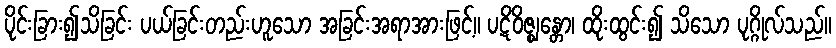
ပိုင်းခြား၍သိခြင်း ပယ်ခြင်းတည်းဟူသော အခြင်းအရာအားဖြင့်။ ပဋိဝိဇ္ဈန္တော၊ ထိုးထွင်း၍ သိသော ပုဂ္ဂိုလ်သည်။